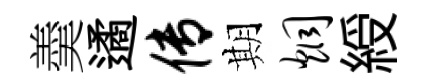
羮遹传期炯綬